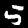
Digit: 5